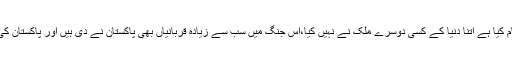
دہشت گردی کے خلاف تو پاکستان نے جتنا کام کیا ہے اتنا دُنیا کے کسی دوسرے مُلک نے نہیں کیا،اِس جنگ میں سب سے زیادہ قربانیاں بھی پاکستان نے دی ہیں اور پاکستان کی معیشت کو بھی ناقابلِ تلافی نقصان پہنچا ہے۔